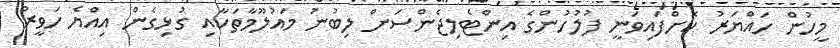
މީހުން ހައްޔަރު ކޮށްފައިވަނީ ފުލުހުންގެ އިންޓެލިޖެންސަށް ލިބުނު މައުލޫމާތަކާއި ގުޅިގެން އިއްޔެ ހަވީރު